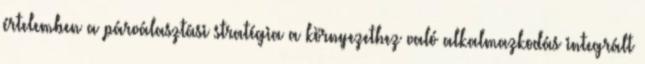
értelemben a párválasztási stratégia a környezethez való alkalmazkodás integrált